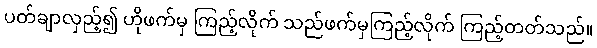
ပတ်ချာလှည့်၍ ဟိုဖက်မှ ကြည့်လိုက် သည်ဖက်မှကြည့်လိုက် ကြည့်တတ်သည်။